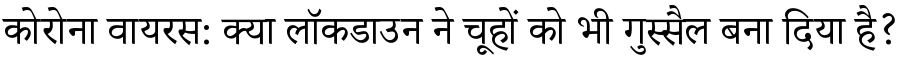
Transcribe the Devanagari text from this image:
कोरोना वायरस: क्या लॉकडाउन ने चूहों को भी गुस्सैल बना दिया है?